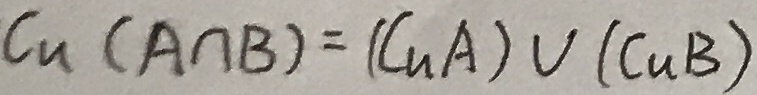
C _ { U } ( A \cap B ) = ( C _ { U } A ) \cup ( C _ { U } b )